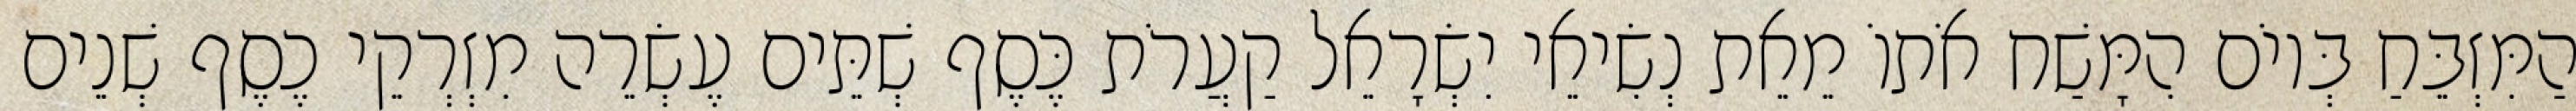
הַמִּזְבֵּחַ בְּיוֹם הִמָּשַׁח אֹתוֹ מֵאֵת נְשִׂיאֵי יִשְׂרָאֵל קַעֲרֹת כֶּסֶף שְׁתֵּים עֶשְׂרֵה מִזְרְקֵי כֶסֶף שְׁנֵים